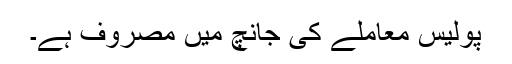
پولیس معاملے کی جانچ میں مصروف ہے۔